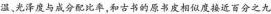
湿、光泽度与成分配比率,和古书的原书皮相似度接近百分之九